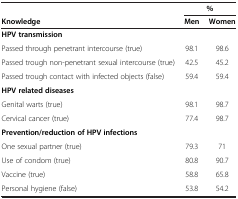
|  | <COLSPAN=2> % |
 | Knowledge | Men | Women |
 | --- | --- | --- |
 | HPV transmission |  |  |
 | Passed through penetrant intercourse (true) | 98.1 | 98.6 |
 | Passed trough non-penetrant sexual intercourse (true) | 42.5 | 45.2 |
 | Passed trough contact with infected objects (false) | 59.4 | 59.4 |
 | HPV related diseases |  |  |
 | Genital warts (true) | 98.1 | 98.7 |
 | Cervical cancer (true) | 77.4 | 98.7 |
 | Prevention/reduction of HPV infections |  |  |
 | One sexual partner (true) | 79.3 | 71 |
 | Use of condom (true) | 80.8 | 90.7 |
 | Vaccine (true) | 58.8 | 65.8 |
 | Personal hygiene (false) | 53.8 | 54.2 |